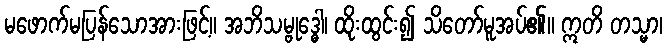
မဖောက်မပြန်သောအားဖြင့်။ အဘိသမ္ဗုဒ္ဓေါ၊ ထိုးထွင်း၍ သိတော်မူအပ်၏။ ဣတိ တသ္မာ၊